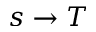
s \rightarrow T